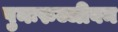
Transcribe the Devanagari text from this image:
पुनःरुज्जीवन